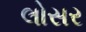
લોસર